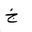
Letter: _kha